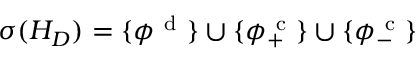
\sigma ( H _ { D } ) = \{ \phi ^ { \mathrm { ~ d ~ } } \} \cup \{ \phi _ { + } ^ { \mathrm { ~ c ~ } } \} \cup \{ \phi _ { - } ^ { \mathrm { ~ c ~ } } \}